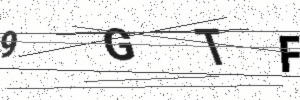
Text: 9GTF